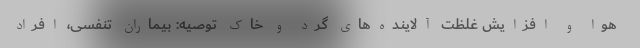
هوا و افزایش غلظت آلاینده‌های گرد و خاک توصیه: بیماران تنفسی، افراد